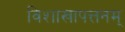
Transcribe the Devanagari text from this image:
विशाखापत्तनम्‌